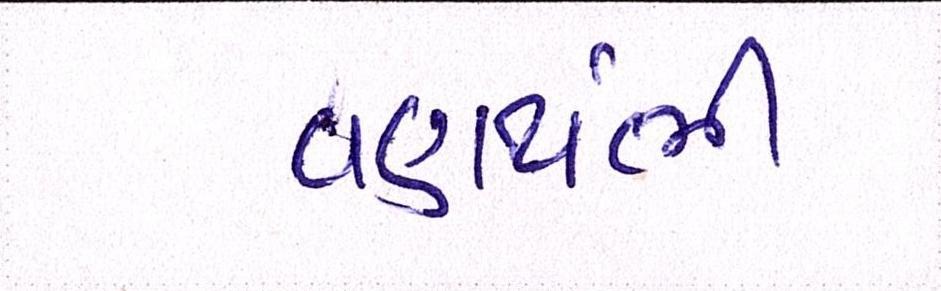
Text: વણથંભી